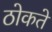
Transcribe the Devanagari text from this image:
ठोकते